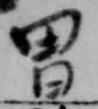
胃